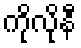
ကိုလိုနီ